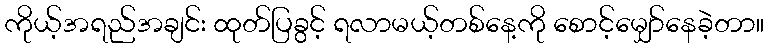
ကိုယ့်အရည်အချင်း ထုတ်ပြခွင့် ရလာမယ့်တစ်နေ့ကို စောင့်မျှော်နေခဲ့တာ။